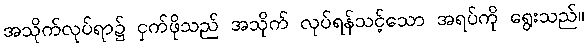
အသိုက်လုပ်ရာ၌ ငှက်ဖိုသည် အသိုက် လုပ်ရန်သင့်သော အရပ်ကို ရွေးသည်။